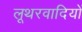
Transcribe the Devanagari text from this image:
लूथरवादियों